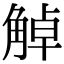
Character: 𧣺